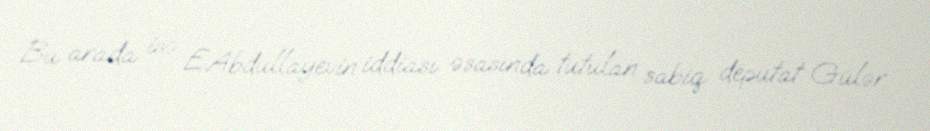
Bu arada isə E.Abdullayevin iddiası əsasında tutulan sabiq deputat Gülər